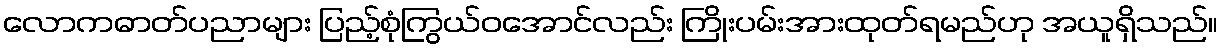
လောကဓာတ်ပညာများ ပြည့်စုံကြွယ်ဝအောင်လည်း ကြိုးပမ်းအားထုတ်ရမည်ဟု အယူရှိသည်။